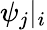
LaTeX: \psi_{j}|_{i}